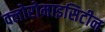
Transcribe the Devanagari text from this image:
क्लोरोमाइसिटीन